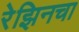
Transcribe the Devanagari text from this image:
रेझिनचा